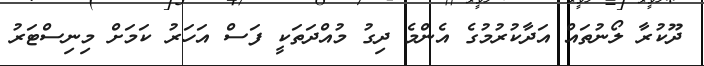
ދޫކުރާ ލޯނުތައް އަދާކުރުމުގެ އެންމެ ދިގު މުއްދަތަކީ ފަސް އަހަރު ކަމަށް މިނިސްޓަރު